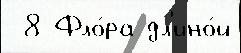
 8 Фло́ра дл'ино́й